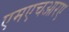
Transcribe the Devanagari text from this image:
एमएचआरए